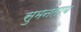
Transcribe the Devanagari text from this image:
सुमनताय